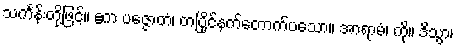
သင်္ကန်းတို့ဖြင့်။ ဧက ပဇ္ဇောတံ၊ တပြိုင်နက်တောက်ပသော။ အာရာမံ၊ ကို။ ဒိသွာ၊